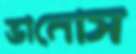
ভামোস